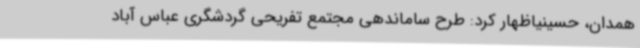
همدان، حسینیاظهار کرد: طرح ساماندهی مجتمع تفریحی گردشگری عباس آباد